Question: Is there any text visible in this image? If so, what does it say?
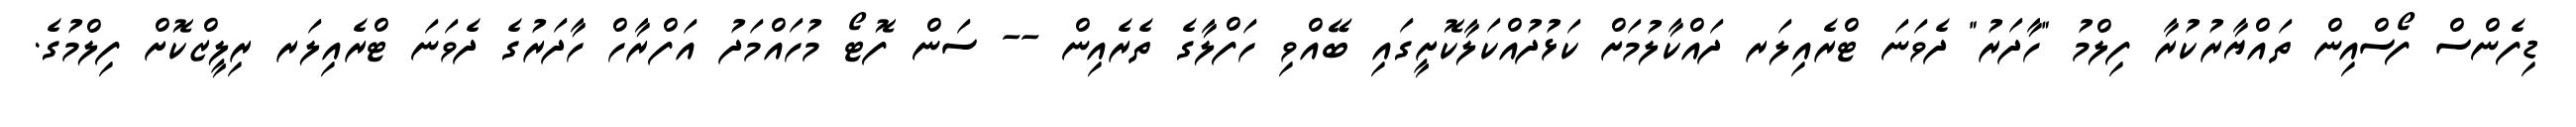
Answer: ޑިފެންސް ފޯސްއިން ތައްޔާރުކުރާ ފިލްމު "ހާދަރު" ދެވަނަ ޓްރެއިލަރ ދައްކާލުމަށް ކަޅުދުއްކަލާކޮށީގައި ބޭއްވި ހަފްލާގެ ތެރެއިން -- ސަން ފޮޓޯ މުހައްމަދު އަފްރާހް ހާދަރުގެ ދެވަނަ ޓްރެއިލަރ ރިލީޒްކޮށް ފިލްމުގެ.